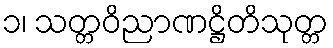
၁၊ သတ္တဝိညာဏဋ္ဌိတိသုတ္တ